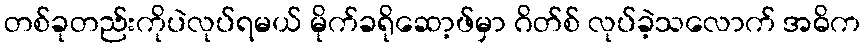
တစ်ခုတည်းကိုပဲလုပ်ရမယ် မိုက်ခရိုဆော့ဖ်မှာ ဂိတ်စ် လုပ်ခဲ့သလောက် အဓိက